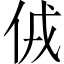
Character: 𠈋